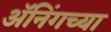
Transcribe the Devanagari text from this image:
ॲनिंगच्या